Vaccine operations Central Provinces 1868-1885 - 1868-1885
Year: 1868
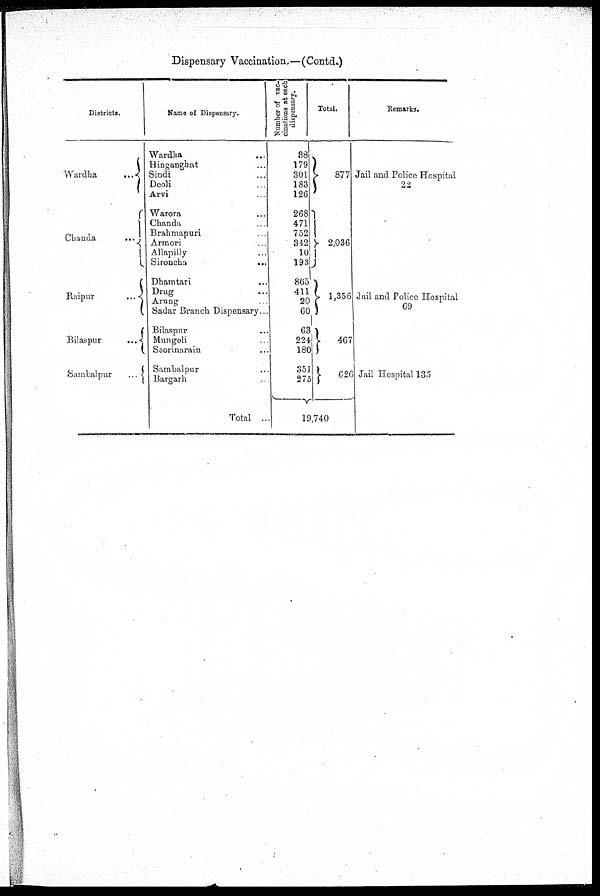
Dispensary Vaccination.—(Contd.)
Districts.
Wardha
...
Chanda
...
Raipur
...
Bilaspur
...
Sambalpur
...
Name of Dispensary.
Wardha ...
Hinganghat ...
Sindi ...
Deoli
...
Arvi ...
Warora ...
Chanda ...
Brahmapuri ...
Armori ...
Allapilly ...
Sironcha ...
Dhamtari ...
Drug ...
Arung ...
Sadar Branch Dispensary...
Bilaspur ...
Mungeli ...
Seorinarain ...
Sambalpur ...
Bargarh ...
Total ...
Number of vac-
cinations at each
dispensary.
88
179
301
183
126
268
471
752
342
10
193
865
411
20
60
63
224
180
351
275
Total.
877
2,036
1,356
467
626
19,740
Remarks.
Jail and Police Hospital
22
Jail and Police Hospital
69
Jail Hospital 135